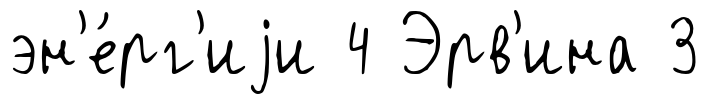
эн'е́рг'иjи 4 Эрв'ина 3